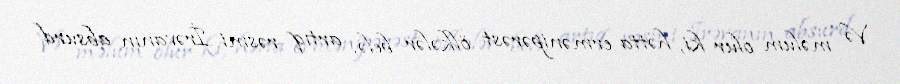
Və məlum olur ki, hətta ermənipərəst ölkələr belə, artıq rəsmi İrəvanın absurd